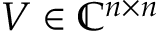
V \in \mathbb { C } ^ { n \times n }